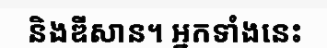
និងឌីសាន។ អ្នកទាំងនេះ